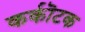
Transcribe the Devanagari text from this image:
कर्कॊटक